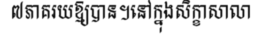
៧ភាគរយឱ្យបាន។នៅក្នុងសិក្ខាសាលា